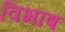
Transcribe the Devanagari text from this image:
विभाष